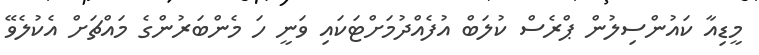
މީޑިއާ ކައުންސިލުން ޕްރެސް ކުލަބް އުފެއްދުމަށްޓަކައި ވަނީ ހަ މެންބަރުންގެ މައްޗަށް އެކުލެވޭ